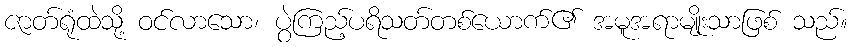
ဇာတ်ရုံထဲသို့ ဝင်လာသော၊ ပွဲကြည့်ပရိသတ်တစ်ယောက်၏ အမူအရာမျိုးသာဖြစ် သည်။